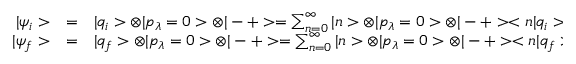
\begin{array} { r c l } { { | \psi _ { i } > } } & { { = } } & { { | q _ { i } > \otimes | p _ { \lambda } = 0 > \otimes | - + > = \sum _ { n = 0 } ^ { \infty } | n > \otimes | p _ { \lambda } = 0 > \otimes | - + > < n | q _ { i } > \ \ \ , } } \\ { { | \psi _ { f } > } } & { { = } } & { { | q _ { f } > \otimes | p _ { \lambda } = 0 > \otimes | - + > = \sum _ { n = 0 } ^ { \infty } | n > \otimes | p _ { \lambda } = 0 > \otimes | - + > < n | q _ { f } > \ , } } \end{array}